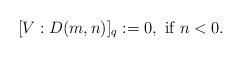
LaTeX: \begin{align*}[V: D(m,n)]_q:=0, \mbox{ if $n<0$}.\end{align*}